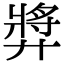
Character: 㢡